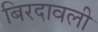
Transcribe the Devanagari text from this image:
बिरदावली